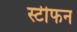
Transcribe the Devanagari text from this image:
स्टीफन